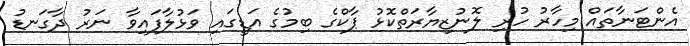
އެންޓަނާތައް މިހާރު ހުރި ލޮނުޒިޔާރަތްކޮޅު ޕާކްގެ ބިމުގެ އަޑީގައި ވަޅުލާފައިވާ ނަރު ދާގަނޑު